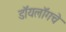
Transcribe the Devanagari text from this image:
डॉयलॉगचे